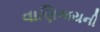
વાણિજયની